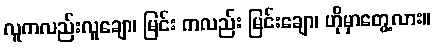
လူကလည်းလူချော၊ မြင်း ကလည်း မြင်းချော၊ ဟိုမှာတွေ့လား။